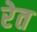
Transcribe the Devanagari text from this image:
रेेत